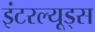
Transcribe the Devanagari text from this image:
इंटरल्यूड्स